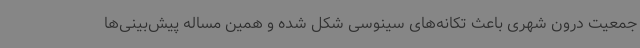
جمعیت درون شهری باعث تکانه‌های سینوسی شکل شده و همین مساله پیش‌بینی‌ها